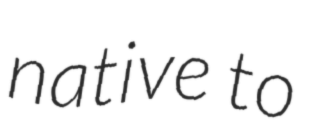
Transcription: native to